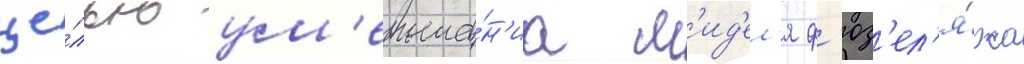
це́лью ум'еньше́н'иа м'ид'ел'я ф'юз'ел'я́жа